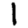
Digit: 1